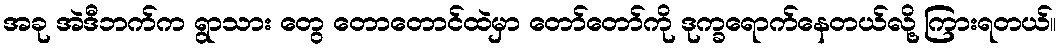
အခု အဲဒီဘက်က ရွာသား တွေ တောတောင်ထဲမှာ တော်တော်ကို ဒုက္ခရောက်နေတယ်လို့ ကြားရတယ်။